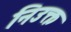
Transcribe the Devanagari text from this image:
निउक्त